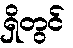
ရှိတွင်